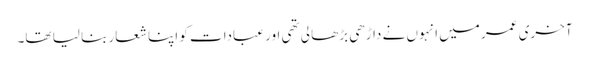
آخری عمر میں انہوں نے داڑھی بڑھا لی تھی اور عبادات کو اپنا شعار بنا لیا تھا۔